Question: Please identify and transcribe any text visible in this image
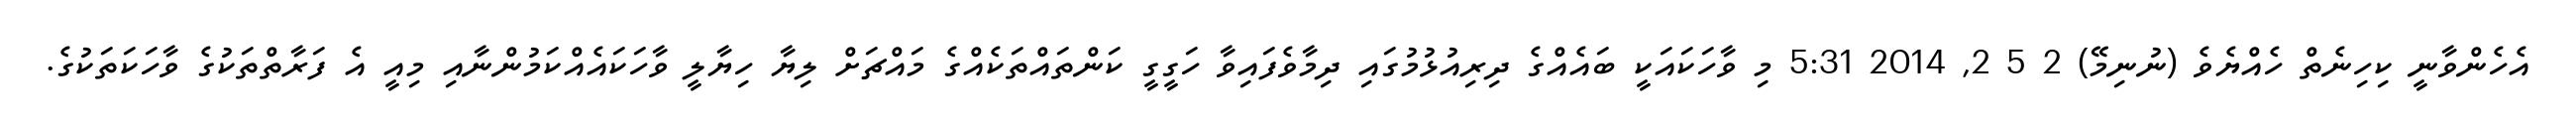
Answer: އެހެންވާނީ ކިހިނެތް ހެއްޔެވެ (ނުނިމޭ) 2 5 2, 2014 5:31 މި ވާހަކައަކީ ބައެއްގެ ދިރިއުޅުމުގައި ދިމާވެފައިވާ ހަގީގީ ކަންތައްތަކެއްގެ މައްޗަށް ލިޔާ ހިޔާލީ ވާހަކައެއްކަމުންނާއި މިއީ އެ ފަރާތްތަކުގެ ވާހަކަތަކުގެ.